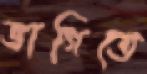
ভাগিতে